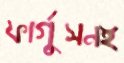
ফার্গুসনই